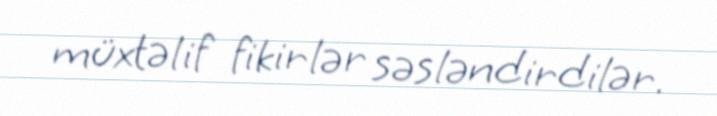
müxtəlif fikirlər səsləndirdilər.